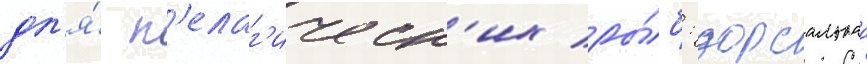
дл'я́ п'елаг'ическ'их ры́б: дорсальнаа